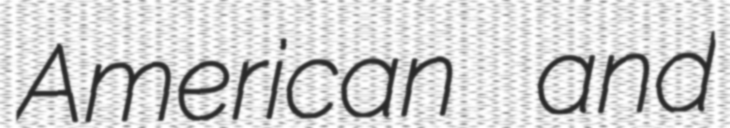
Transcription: American and